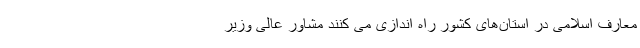
معارف اسلامی در استان‌های کشور راه اندازی می کنند مشاور عالی وزیر